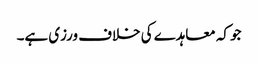
جو کہ معاہدے کی خلاف ورزی ہے۔